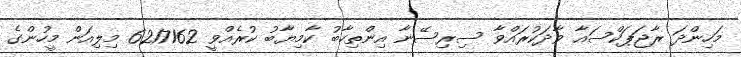
މަހިންދަ ރާޖަޕަކްސައާ ވާދަކުރައްވާ ސިރިސޭނާ އިންތިހާބު ކާމިޔާބު ކުރެއްވީ 6217162 މިލިއަން މީހުންގެ